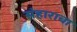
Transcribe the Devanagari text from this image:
संहाराचा